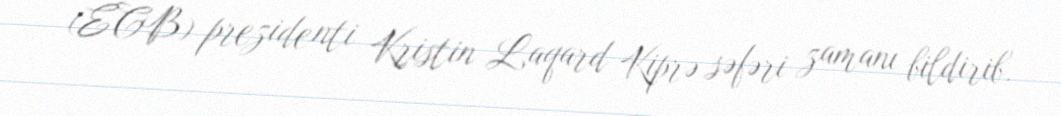
(ECB) prezidenti Kristin Laqard Kiprə səfəri zamanı bildirib.